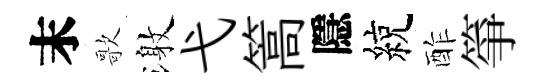
末歌激弋篙隱綂酢箏